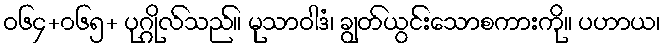
ဝ၆၄+၀၆၅+ ပုဂ္ဂိုလ်သည်။ မုသာဝါဒံ၊ ချွတ်ယွင်းသောစကားကို။ ပဟာယ၊